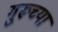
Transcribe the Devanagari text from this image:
गु्रूच्या